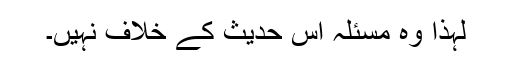
لہذا وہ مسئلہ اس حدیث کے خلاف نہیں۔